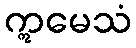
ဣမေသံ